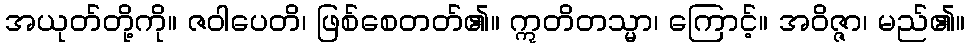
အယုတ်တို့ကို။ ဇဝါပေတိ၊ ဖြစ်စေတတ်၏။ ဣတိတသ္မာ၊ ကြောင့်။ အဝိဇ္ဇာ၊ မည်၏။